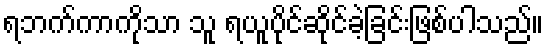
ရဘက်ကာကိုသာ သူ ရယူပိုင်ဆိုင်ခဲ့ခြင်းဖြစ်ပါသည်။